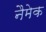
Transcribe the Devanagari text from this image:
नैमेक